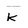
Character: K